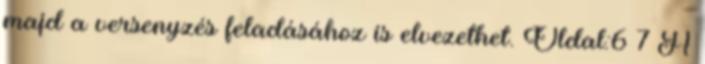
majd a versenyzés feladásához is elvezethet. Oldal:6 7 A